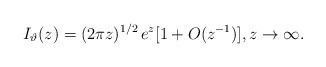
\begin{align*} I_\vartheta(z)= (2\pi z)^{1/2}\,e^z [1+ O(z^{-1})]\/,z\to \infty\/. \end{align*}